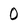
Character: 0